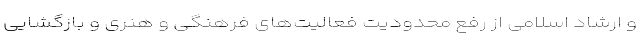
و ارشاد اسلامی از رفع محدودیت‌ فعالیت‌های فرهنگی و هنری و بازگشایی